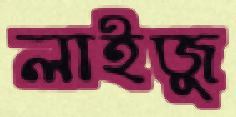
লাইজু